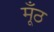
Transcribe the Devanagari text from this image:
मूँठ